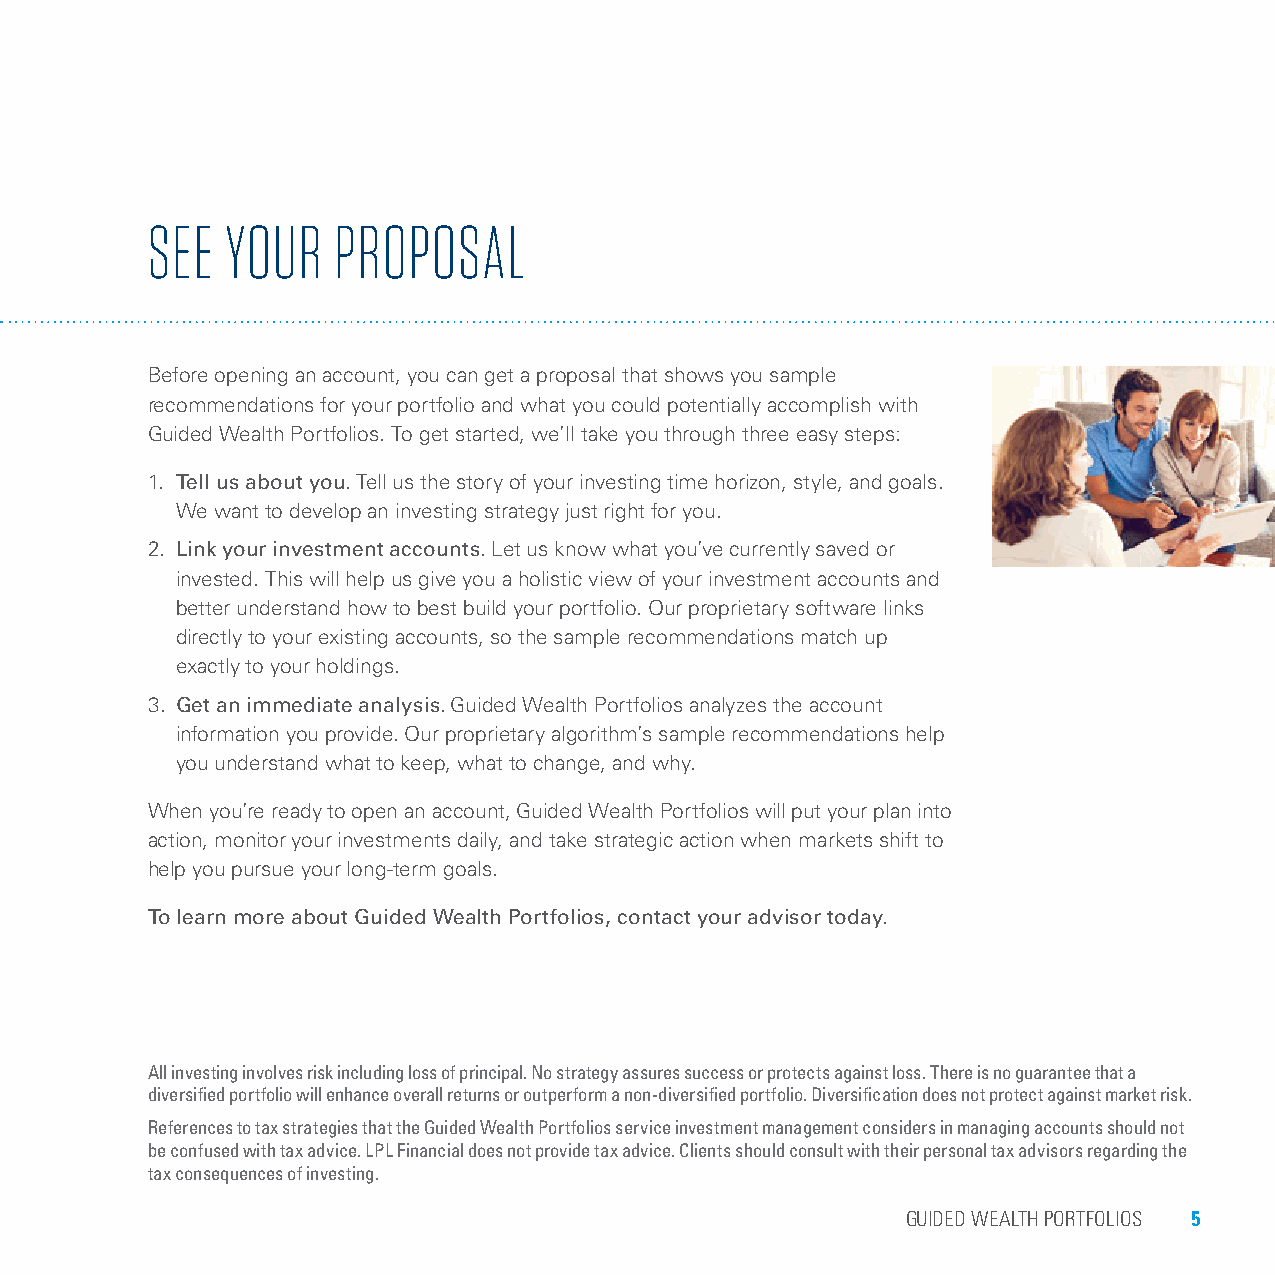
SEE  YOUR   PROPOSAL
 Before opening an account, you can get a proposal that shows you sample
 recommendations for your portfolio and what you could potentially accomplish with
 Guided Wealth Portfolios. To get started, we’ll take you through three easy steps:
 1. Tell us about you. Tell us the story of your investing time horizon, style, and goals.
 We want to develop an investing strategy just right for you.
 2. Link your investment accounts. Let us know what you’ve currently saved or
 invested. This will help us give you a holistic view of your investment accounts and
 better understand how to best build your portfolio. Our proprietary software links
 directly to your existing accounts, so the sample recommendations match up
 exactly to your holdings.
 3. Get an immediate analysis. Guided Wealth Portfolios analyzes the account
 information you provide. Our proprietary algorithm’s sample recommendations help
 you understand what to keep, what to change, and why.
 When you’re ready to open an account, Guided Wealth Portfolios will put your plan into
 action, monitor your investments daily, and take strategic action when markets shift to
 help you pursue your long-term goals.
 To learn more about Guided Wealth Portfolios, contact your advisor today.
 All investing involves risk including loss of principal. No strategy assures success or protects against loss. There is no guarantee that a
 diversified portfolio will enhance overall returns or outperform a non-diversified portfolio. Diversification does not protect against market risk.
 References to tax strategies that the Guided Wealth Portfolios service investment management considers in managing accounts should not
 be confused with tax advice. LPL Financial does not provide tax advice. Clients should consult with their personal tax advisors regarding the
 tax consequences of investing.
 GUIDED WEALTH PORTFOLIOS 5